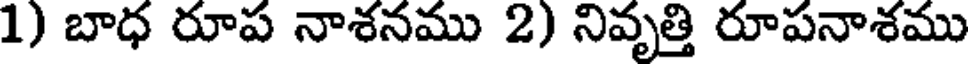
1) బాధ రూప నాశనము 2) నివృత్తి రూపనాశము